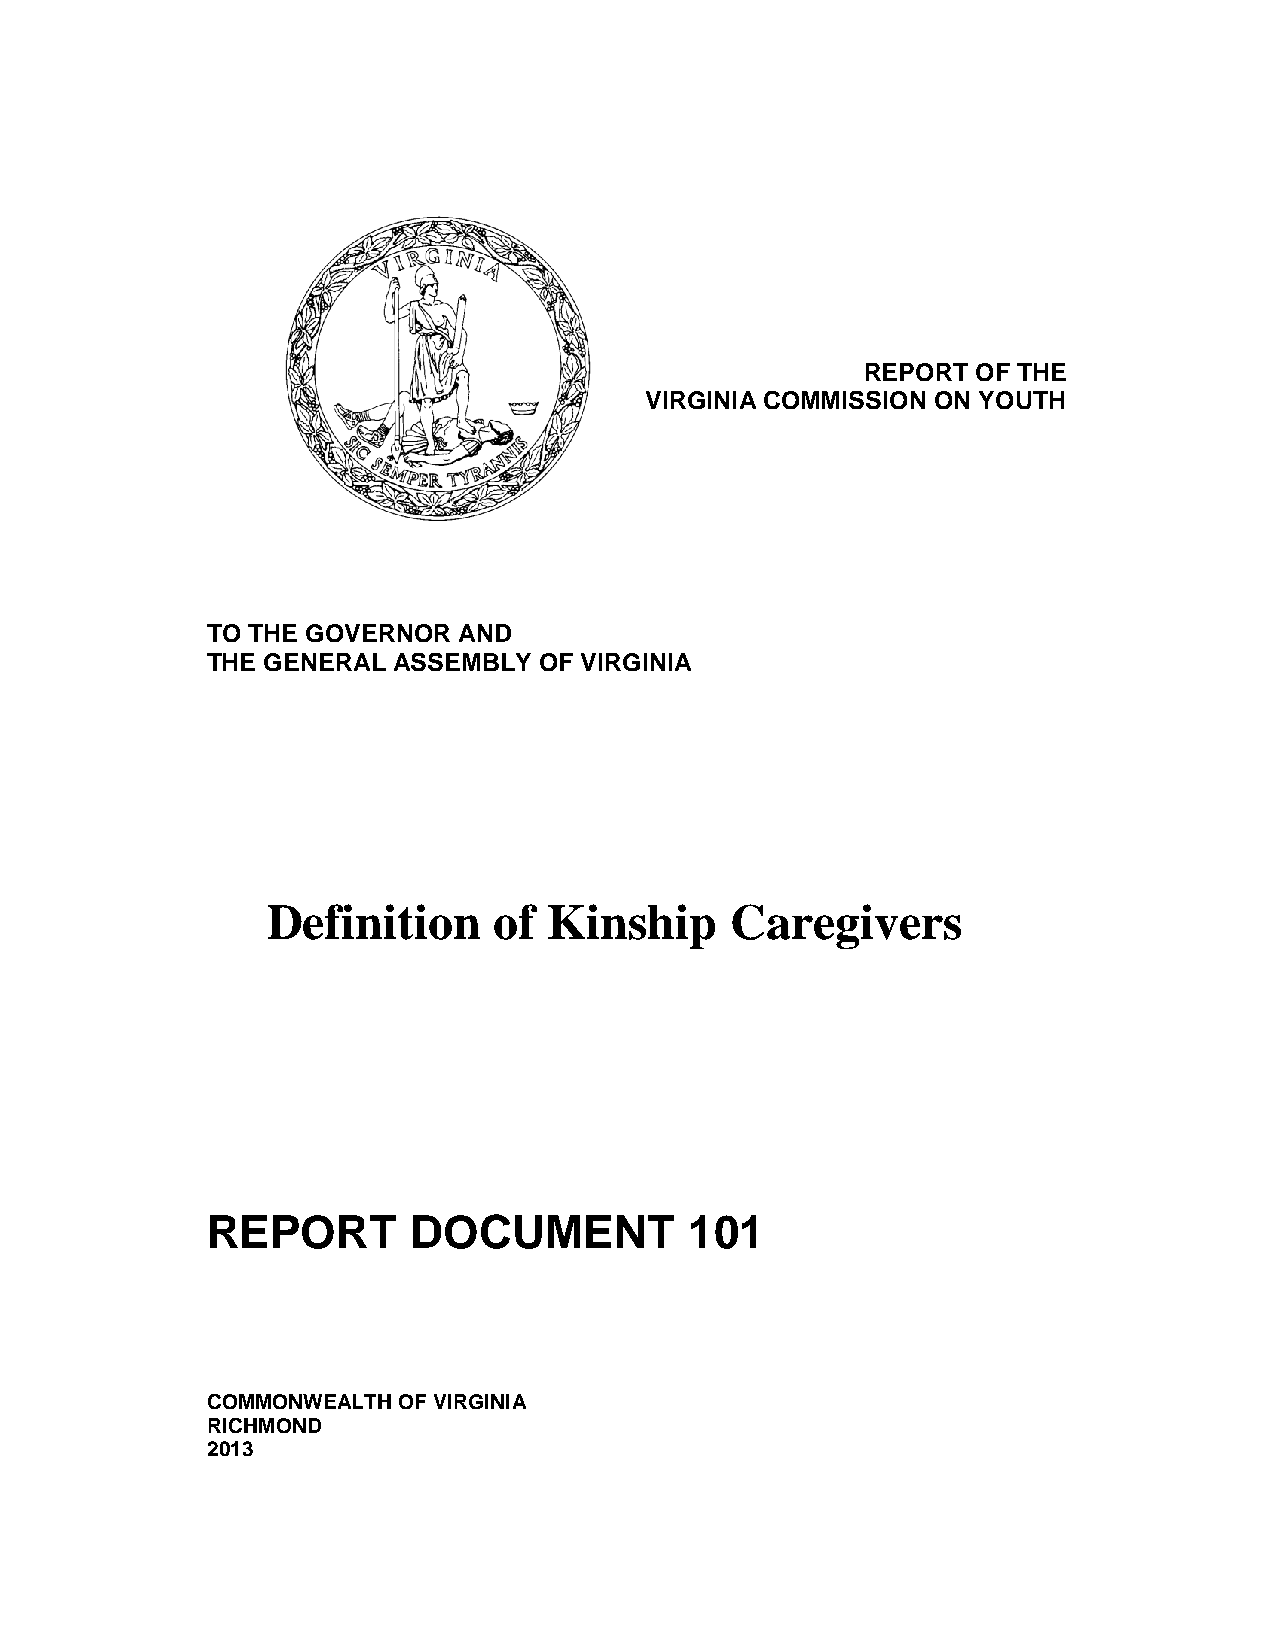
REPORT  OF THE
 VIRGINIA COMMISSION ON YOUTH
 TO THE GOVERNOR AND
 THE GENERAL ASSEMBLY  OF VIRGINIA
 Definition     of Kinship     Caregivers
 REPORT       DOCUMENT           101
 COMMONWEALTH OF VIRGINIA
 RICHMOND
 2013